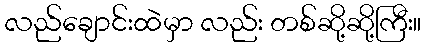
လည်ချောင်းထဲမှာ လည်း တစ်ဆို့ဆို့ကြီး။